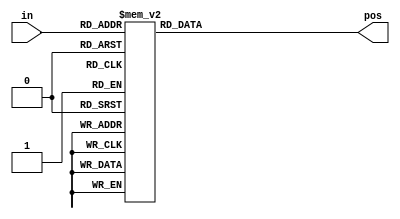
// synthesis verilog_input_version verilog_2001
module top_module (
    input [3:0] in,
    output reg [1:0] pos  );
    
    always @(*) begin
        case(in)
            4'b0000 : pos = 0;
            4'b0001 : pos = 0;
            4'b0010 : pos = 1;
            4'b0011 : pos = 0;
            4'b0100 : pos = 2;
            4'b0101 : pos = 0;
            4'b0110 : pos = 1;
            4'b0111 : pos = 0;
            4'b1000 : pos = 3;
            4'b1001 : pos = 0;
            4'b1010 : pos = 1;
            4'b1011 : pos = 0;
            4'b1100 : pos = 2;
            4'b1101 : pos = 0;
            4'b1110 : pos = 1;
            4'b1111 : pos = 0;
            // default : pos = 0;  //default
        endcase
    end

endmodule